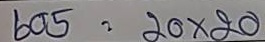
605 = 20 x 20